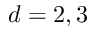
d = 2 , 3